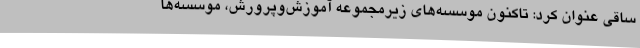
ساقی عنوان کرد: تاکنون موسسه‌های زیرمجموعه آموزش‌وپرورش، موسسه‌ها